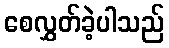
စေလွှတ်ခဲ့ပါသည်